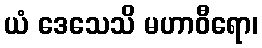
ယံ ဒေသေသိ မဟာဝီရော၊